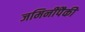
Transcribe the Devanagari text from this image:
जमिनींपैकी